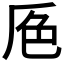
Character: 𰰕